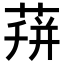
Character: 𦴏